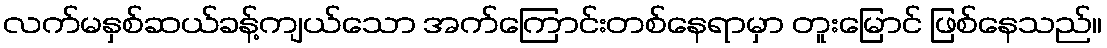
လက်မနှစ်ဆယ်ခန့်ကျယ်သော အက်ကြောင်းတစ်နေရာမှာ တူးမြောင် ဖြစ်နေသည်။